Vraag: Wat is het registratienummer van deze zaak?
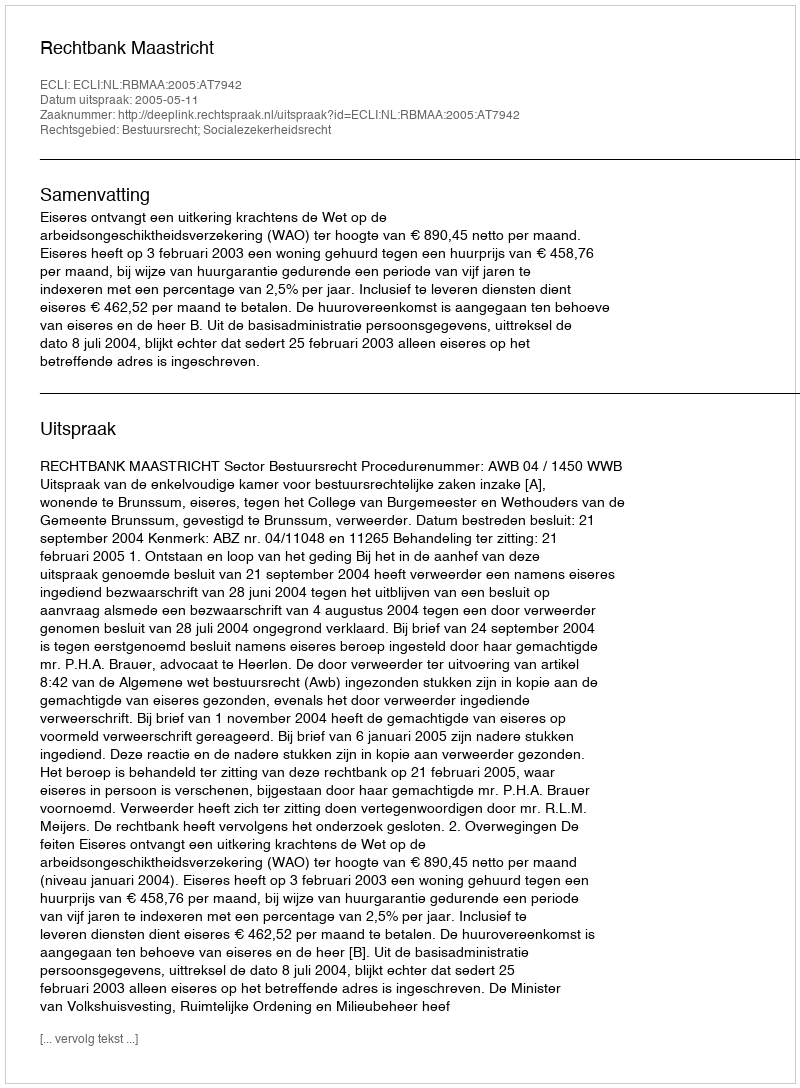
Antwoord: http://deeplink.rechtspraak.nl/uitspraak?id=ECLI:NL:RBMAA:2005:AT7942